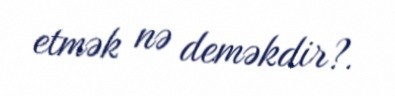
etmək nə deməkdir?.